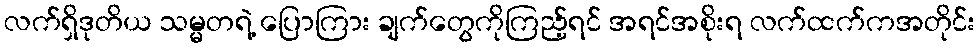
လက်ရှိဒုတိယ သမ္မတရဲ့ ပြောကြား ချက်တွေကိုကြည့်ရင် အရင်အစိုးရ လက်ထက်ကအတိုင်း